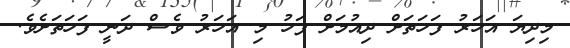
މިދިޔަ އަހަރު ފަހަތަށް ދިއުމަށް ފަހު މި އަހަރު ވެސް ދަނީ ފަހަތަށެވެ.